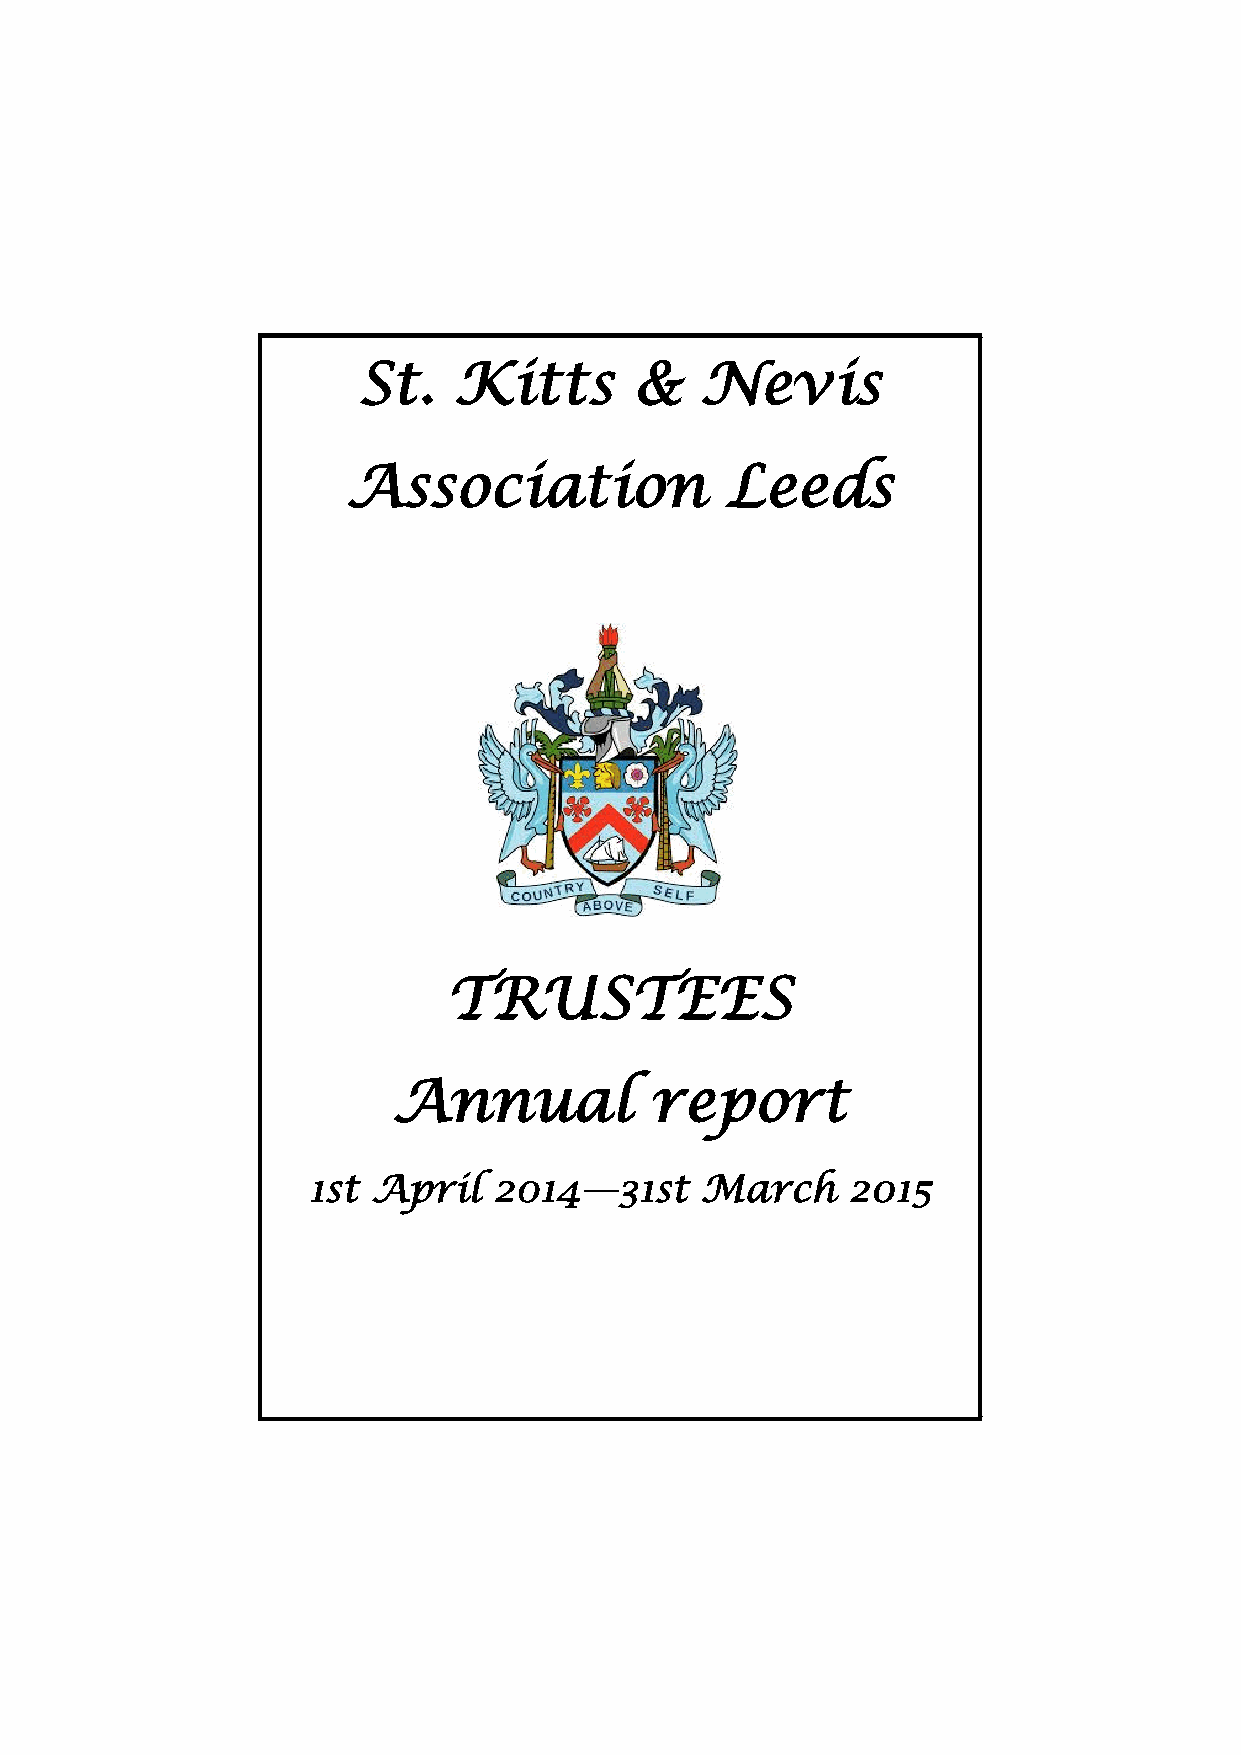
St.   Kitts       &   Nevis
 Association              Leeds
 TRUSTEES
 Annual           report
 1st  April   2014—31st    March     2015